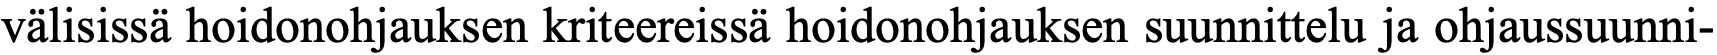
välisissä hoidonohjauksen kriteereissä hoidonohjauksen suunnittelu ja ohjaussuunni-